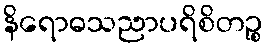
နိရောဓသညာပရိစိတဉ္စ